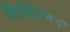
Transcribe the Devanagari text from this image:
डिव्हिजनचा